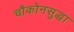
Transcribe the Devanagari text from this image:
चौकोनसुद्धा